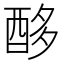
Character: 𮠨